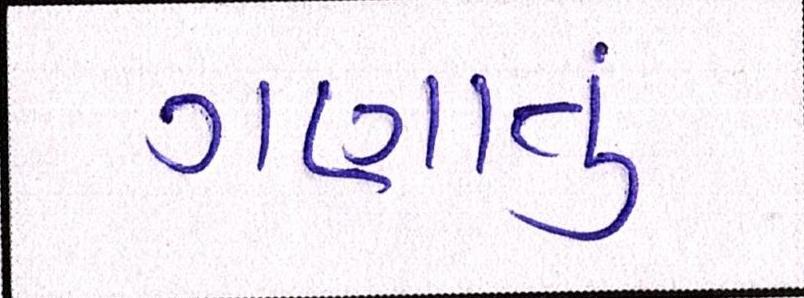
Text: ગણાતું